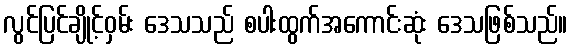
လွင်ပြင်ချိုင့်ဝှမ်း ဒေသသည် စပါးထွက်အကောင်းဆုံး ဒေသဖြစ်သည်။